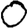
Digit: 0